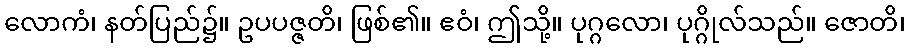
လောကံ၊ နတ်ပြည်၌။ ဥပပဇ္ဇတိ၊ ဖြစ်၏။ ဧဝံ၊ ဤသို့။ ပုဂ္ဂလော၊ ပုဂ္ဂိုလ်သည်။ ဇောတိ၊